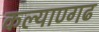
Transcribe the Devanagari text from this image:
कल्याण्गढ